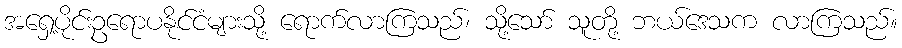
အရှေ့ပိုင်းဥရောပနိုင်ငံများသို့ ရောက်လာကြသည်၊ သို့သော် သူတို့ ဘယ်ဒေသက လာကြသည်။